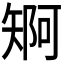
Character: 𮀄